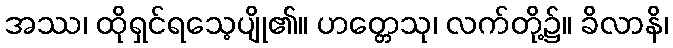
အဿ၊ ထိုရှင်ရသေ့ပျို၏။ ဟတ္တေသု၊ လက်တို့၌။ ခိလာနိ၊